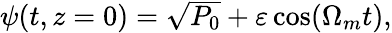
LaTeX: \begin{array}{r}{\psi(t,z=0)=\sqrt{P_{0}}+\varepsilon\cos(\Omega_{m}t),}\end{array}